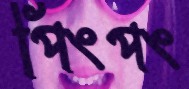
পিংপং